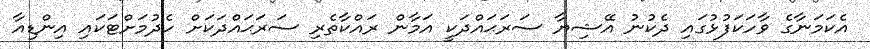
އެކަމަނާގެ ވާހަކަފުޅުގައި ދެކުނު އޭޝިޔާ ސަރަޙައްދަކީ އަމާން ރައްކާތެރި ސަރަޙައްދަކަށް ހެދުމަށްޓަކައި އިންޑިއާ